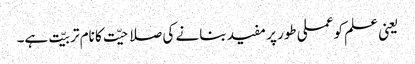
یعنی علم کو عملی طور پر مفید بنانے کی صلاحیّت کا نام تربیّت ہے۔